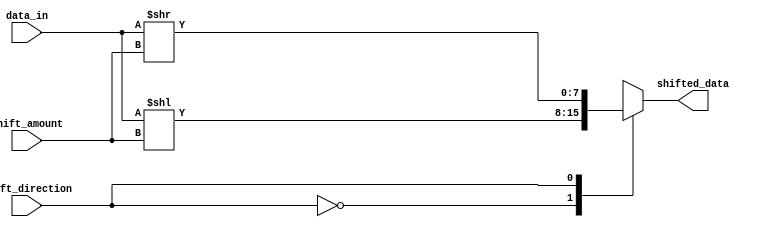
module barrel_shifter (
   input [7:0] data_in,
   input [2:0] shift_amount,
   input shift_direction,
   output [7:0] shifted_data
);

   reg [7:0] shifted_data_reg;

   always @ (*) begin
      case (shift_direction)
         0: shifted_data_reg = data_in << shift_amount;
         1: shifted_data_reg = data_in >> shift_amount;
      endcase
   end

   assign shifted_data = shifted_data_reg;

endmodule